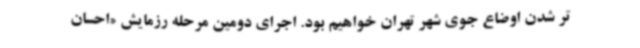
تر شدن اوضاع جوی شهر تهران خواهیم بود. اجرای دومین مرحله رزمایش «احسان